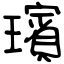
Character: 璸